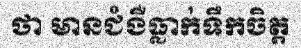
ថា មានជំងឺធ្លាក់ទឹកចិត្ត